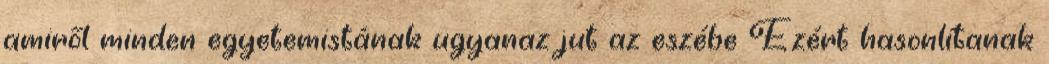
amiről minden egyetemistának ugyanaz jut az eszébe Ezért hasonlítanak